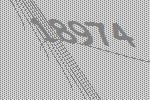
18974